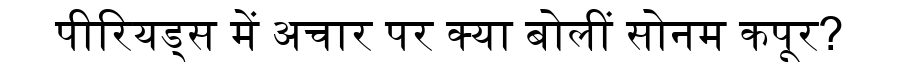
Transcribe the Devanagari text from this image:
पीरियड्स में अचार पर क्या बोलीं सोनम कपूर?